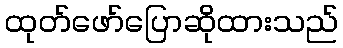
ထုတ်ဖော်ပြောဆိုထားသည်